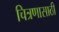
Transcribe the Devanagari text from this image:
चित्रणासाठी